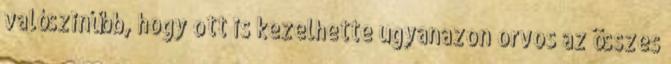
valószinűbb, hogy ott is kezelhette ugyanazon orvos az összes